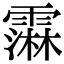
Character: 䨬